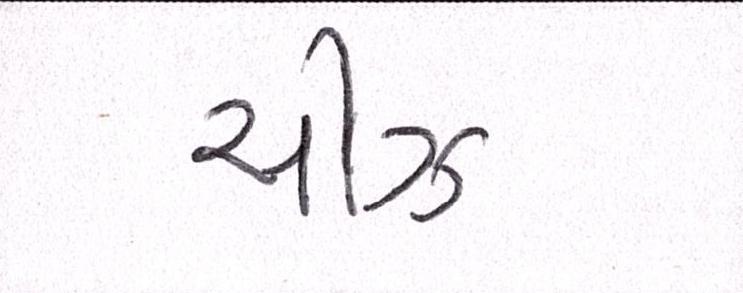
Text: ચીઝ